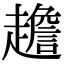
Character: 䟋